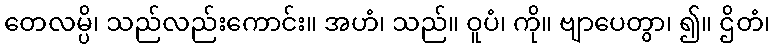
တေလမ္ပိ၊ သည်လည်းကောင်း။ အဟံ၊ သည်။ ဝူပံ၊ ကို။ ဗျာပေတွာ၊ ၍။ ဌိတံ၊